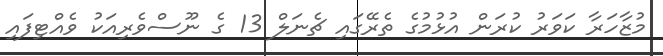
މުޒާހަރާ ކަވަރު ކުރަން އުޅުމުގެ ތެރޭގައި ޗެނަލް 13 ގެ ނޫސްވެރިއަކު ވެއްޓިފައި